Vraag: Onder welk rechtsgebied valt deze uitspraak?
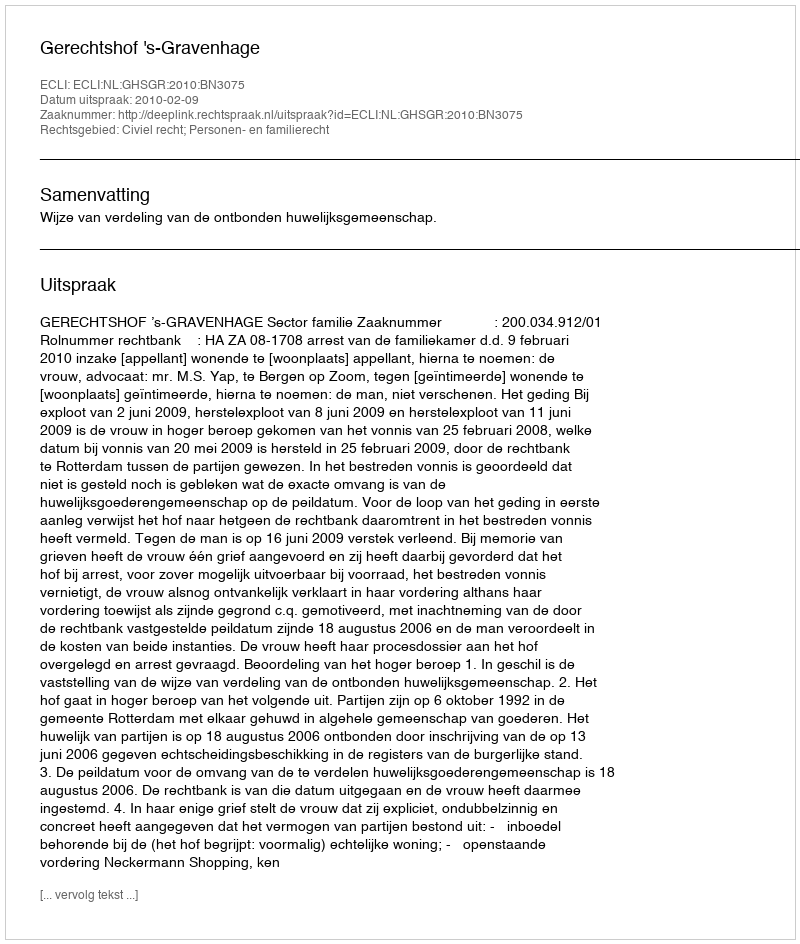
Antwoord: Civiel recht; Personen- en familierecht